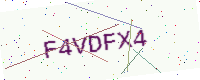
Text: F4VDFX4